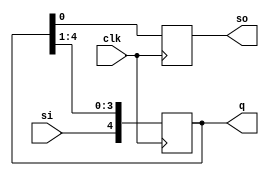
`timescale 1ns / 1ps
//////////////////////////////////////////////////////////////////////////////////
// Company: 
// Engineer: 
// 
// Design Name: 
// Module Name:    siso 
// Project Name: 
// Target Devices: 
// Tool versions: 
// Description: 
//
// Dependencies: 
//
// Revision: 
// Revision 0.01 - File Created
// Additional Comments: 
//
//////////////////////////////////////////////////////////////////////////////////
// aim : Implementation of 5-bit bidirectional serial-in-serial-out (SISO) shift  register

module siso(si,so,clk,q);
	input si,clk;
	output reg so;
	
	output reg [4:0]q;
	
	always@(posedge clk)
	begin
		
		q[4]<=si;
		q[3]<=q[4];
		q[2]<=q[3];
		q[1]<=q[2];
		q[0]<=q[1];
		so<=q[0];
	end
endmodule